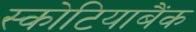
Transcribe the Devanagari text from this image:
स्कोटियाबैंक